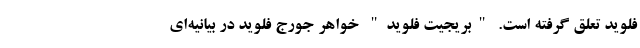
فلوید تعلق گرفته است. "بریجیت فلوید" خواهر جورج فلوید در بیانیه‌ای